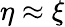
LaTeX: \eta\approx\xi